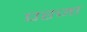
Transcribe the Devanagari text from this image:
परजा